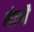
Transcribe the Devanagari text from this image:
बोलतै